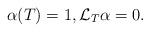
LaTeX: \begin{align*} \alpha(T)=1, \mathcal L_T \alpha=0.\end{align*}